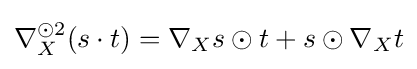
\nabla _{X}^{\odot 2}(s\cdot t)=\nabla _{X}s\odot t+s\odot \nabla _{X}t